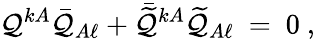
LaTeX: \mathcal{Q}^{kA}\bar{{\mathcal{Q}}}_{A\ell}+\bar{{\widetilde{\mathcal{Q}}}}^{kA}\widetilde{\mathcal{Q}}_{A\ell}\ =\ 0\ ,